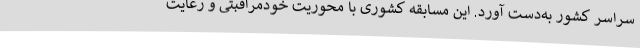
سراسر کشور به‌دست آورد. این مسابقه کشوری با محوریت‌ خودمراقبتی و رعایت